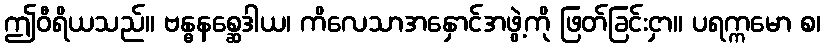
ဤဝီရိယသည်။ ဗန္ဓနစ္ဆေဒါယ၊ ကိလေသာအနှောင်အဖွဲ့ကို ဖြတ်ခြင်းငှာ။ ပရက္ကမော စ၊